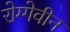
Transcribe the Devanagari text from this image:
रोग्गेवीन